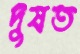
দুষত